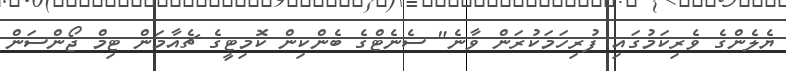
ޔެލެންގެ ވެރިކަމުގައި ފުރިހަމަކުރަން ވާނެ" ސެނެޓްގެ ބެންކިން ކޮމިޓީގެ ޗެއާމަން ޓިމް ޖޯންސަން